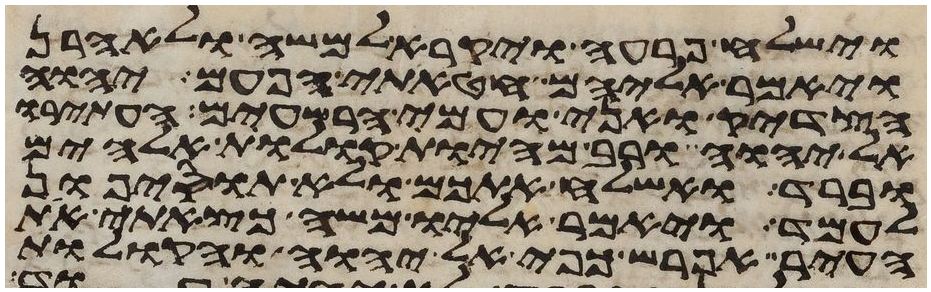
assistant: וישלח פרעה ויקרא למשה ולאהרן
ויאמר אליהם חטאתי הפעם יהוה
הצדיק ואני ועמי הרשעים העתירו
אל יהוה ורב מהיות קולות אלהים
וברד ואשלח אתכם ולא תוסיפון
לעמד ויאמר אליו משה כצאתי את
העיר אפרש כפי אל יהוה והקולות